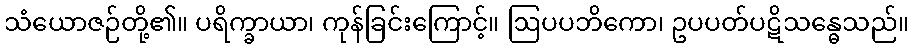
သံယောဇဉ်တို့၏။ ပရိက္ခာယာ၊ ကုန်ခြင်းကြောင့်။ ဩပပဘိကော၊ ဥပပတ်ပဋိသန္ဓေသည်။